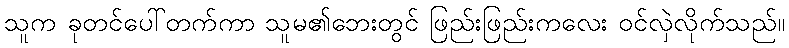
သူက ခုတင်ပေါ်တက်ကာ သူမ၏ဘေးတွင် ဖြည်းဖြည်းကလေး ဝင်လှဲလိုက်သည်။